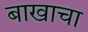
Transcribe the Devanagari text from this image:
बाखाचा